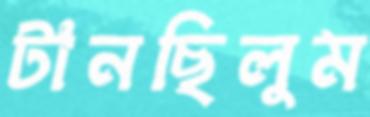
টানছিলুম